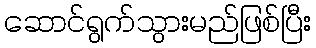
ဆောင်ရွက်သွားမည်ဖြစ်ပြီး